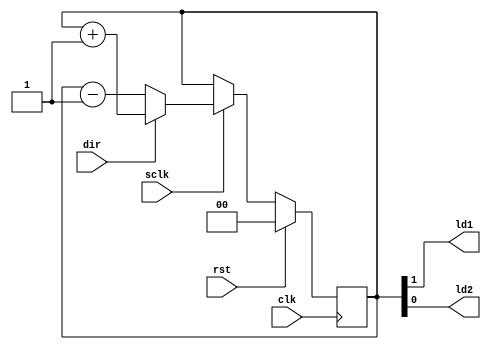
`timescale 1ns / 1ps

module blinker(
    input clk,
	 input rst,
	 input sclk,
	 input dir,
	 
    output ld1,
    output ld2
);

reg [1:0] counter;

always @(posedge clk)
begin
    if(rst)
	     counter <= 0;
	 else 
	     if(sclk)
		      if(dir) counter <= counter + 1;
				else counter <= counter - 1;
end

assign ld1 = counter[1];
assign ld2 = counter[0];

endmodule